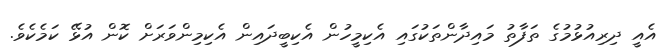
އެއީ ދިރިއުޅުމުގެ ތަފާތު މައިދާންތަކުގައި އެކިމީހުން އެކިބީދައިން އެކިމިންވަރަށް ކޮން އުޅޭ ކަމެކެވެ.